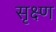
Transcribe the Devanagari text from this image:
सृक्ष्‍ण